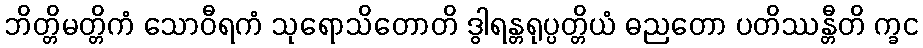
ဘိတ္တိမတ္တိကံ သောဝီရကံ သုရောသိတောတိ ဒွါရန္တရုပ္ပတ္တိယံ ဓညတော ပတိဿန္တီတိ က္ခင